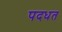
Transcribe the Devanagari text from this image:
पदधत